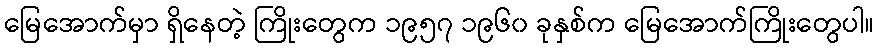
မြေအောက်မှာ ရှိနေတဲ့ ကြိုးတွေက ၁၉၅၇ ၁၉၆၀ ခုနှစ်က မြေအောက်ကြိုးတွေပါ။